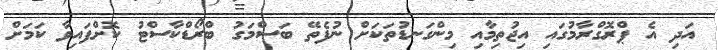
އަދި އެ ޕްރޮގްރާމުގައި އިޖުތިމާއި މިންގަނޑުތަކަށް ނުފެތޭ ބަސްމަގު ބްރޯޑްކާސްޓު ކޮށްފައިވާ ކަމަށް